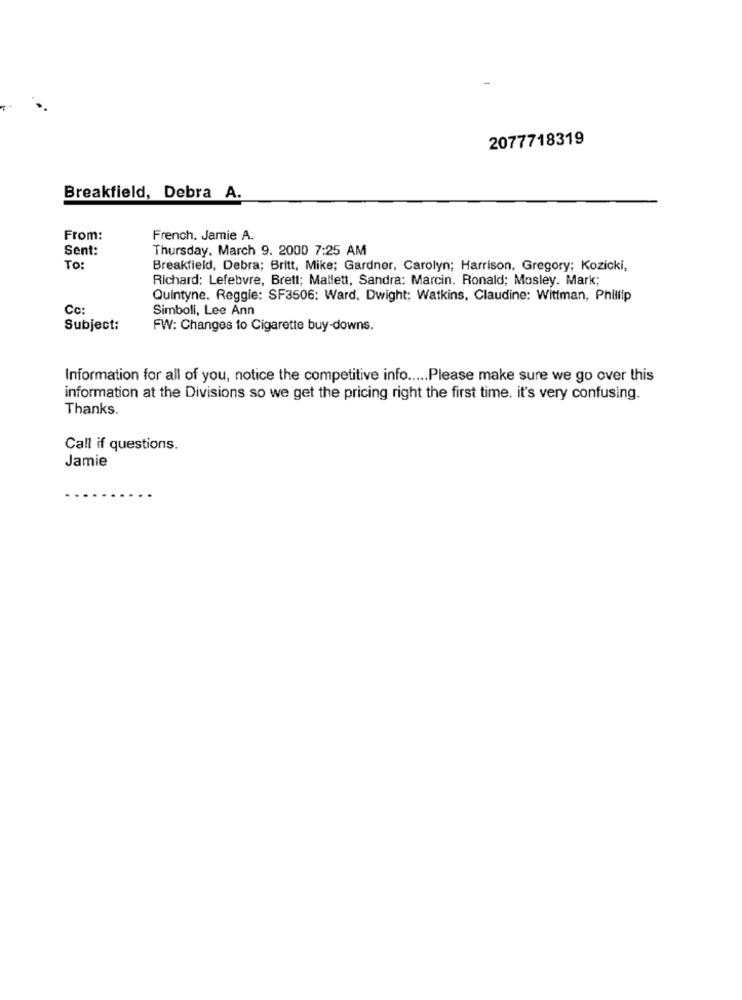
2077718319
Breakfield, Debra A.
From:
French. Jamie A.
Sent:
Thursday, March 9. 2000 7:25 AM
To:
Breakfield, Debra; Britt, Mike; Gardner, Carolyn; Harrison, Gregory; Kozicki,
Richard: Lefebvre, Brett; Mallett, Sandra: Marcin. Ronald; Mosley. Mark;
Quintyne. Reggie: SF3506: Ward, Dwight; Watkins, Claudine: Wittman, Phillip
Cc:
Simboli, Lee Ann
Subject:
FW: Changes to Cigarette buy-downs.
Information for all of you, notice the competitive info ..... Please make sure we go over this
information at the Divisions so we get the pricing right the first time. it's very confusing.
Thanks.
Call if questions.
Jamie